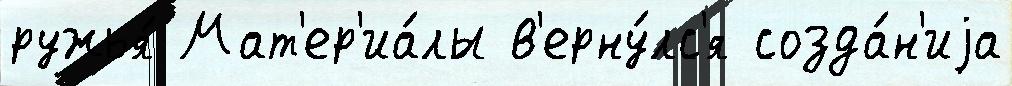
ружья́ Мат'ер'иа́лы в'ерну́лс'я созда́н'иjа